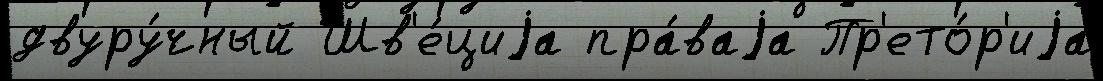
двуру́чный Шв'е́циjа пра́ваjа Пр'ето́р'иjа